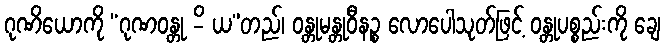
ဂုဏိယောကို “ဂုဏဝန္တု -ိ ယ”တည်၊ ဝန္တုမန္တုဝီနဉ္စ လောပေါသုတ်ဖြင့် ဝန္တုပစ္စည်းကို ချေ